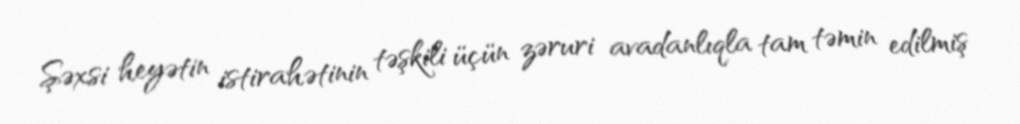
Şəxsi heyətin istirahətinin təşkili üçün zəruri avadanlıqla tam təmin edilmiş